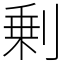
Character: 剰